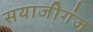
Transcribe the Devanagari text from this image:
सयाजीगंज